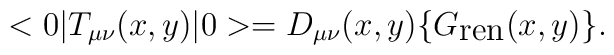
<0|T_{\mu\nu}(x,y)|0> = D_{\mu\nu}(x,y) \{G_{\hbox{\rm ren}}(x,y)\}.